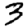
Digit: 3